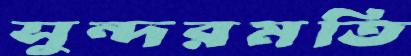
সুন্দরমতি